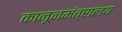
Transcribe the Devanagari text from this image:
कानूनमंत्रालय